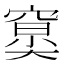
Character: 𥧤